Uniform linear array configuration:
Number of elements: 48
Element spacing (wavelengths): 1
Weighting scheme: hann
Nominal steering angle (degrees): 15
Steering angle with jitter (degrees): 13.234
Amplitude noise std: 0.05
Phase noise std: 0.05

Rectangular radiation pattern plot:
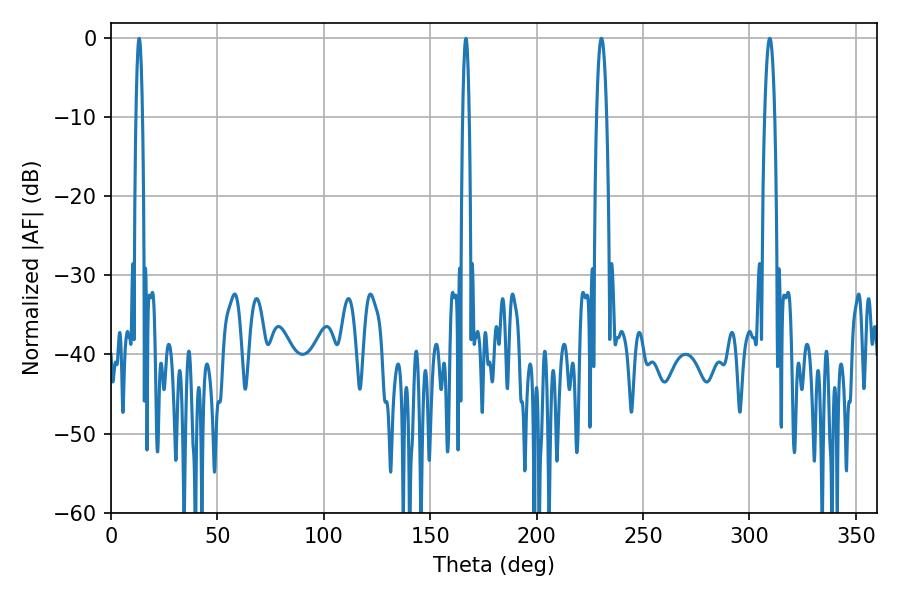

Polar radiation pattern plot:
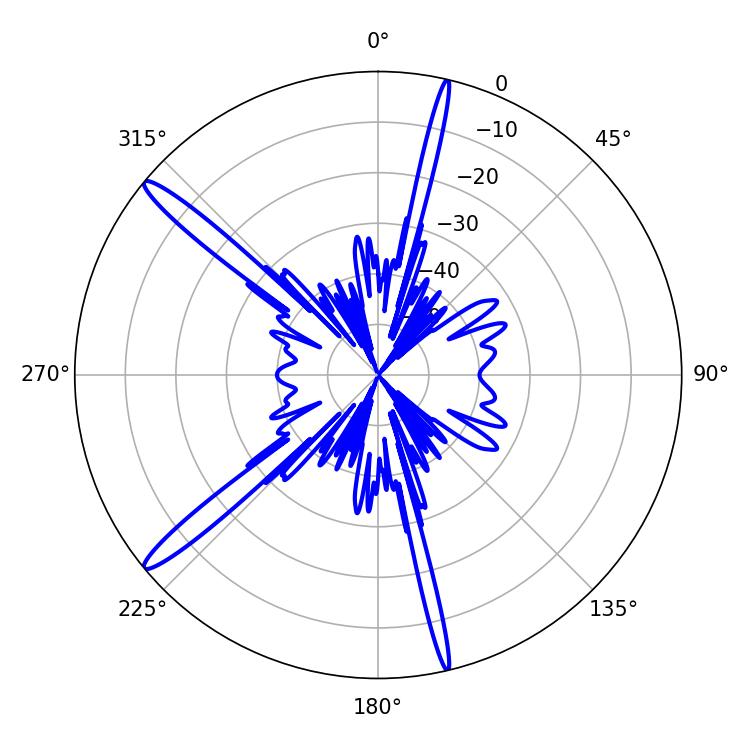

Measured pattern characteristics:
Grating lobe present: TRUE
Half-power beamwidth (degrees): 2.7
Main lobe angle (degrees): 230.4